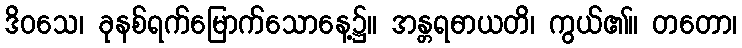
ဒိဝသေ၊ ခုနစ်ရက်မြောက်သောနေ့၌။ အန္တရဓာယတိ၊ ကွယ်၏။ တတော၊